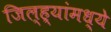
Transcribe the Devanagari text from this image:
जिल्ह्यांंमध्ये